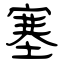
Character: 塞